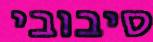
סיבובי